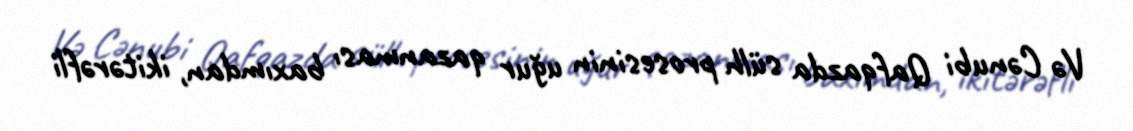
Və Cənubi Qafqazda sülh prosesinin uğur qazanması baxımdan, ikitərəfli